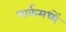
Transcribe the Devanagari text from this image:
पार्कमध्यें